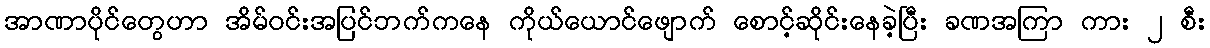
အာဏာပိုင်တွေဟာ အိမ်ဝင်းအပြင်ဘက်ကနေ ကိုယ်ယောင်ဖျောက် စောင့်ဆိုင်းနေခဲ့ပြီး ခဏအကြာ ကား ၂ စီး